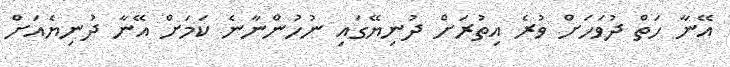
އޭނާ ހަތް ދުވަހަށް ވުރެ އިތުރަށް ދުނިޔޭގައި ނުހުންނާނެ ކަމަށް އޭނާ ދުނިޔެއަށް